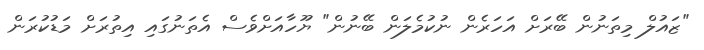
"ޒައުލް މިތަނުން ބޭރަށް އަހަރެން ނުކުމެލަން ބޭނުން" ޔޫހާއަށްވެސް އެތަނުގައި އިތުރަށް މަޑުކުރަން